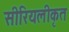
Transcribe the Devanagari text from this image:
सीरियलीकृत